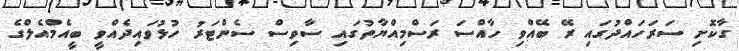
ގާކޮށި ސަރަހައްދުގައި ރޭ ބޭއްވި ހާއްސަ ރަސްމިއްޔާތުގައި ސާވިސް ސެންޓަރު ހުޅުވައިދެއްވީ ބީއެމްއެލްގެ